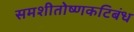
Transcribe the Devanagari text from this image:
समशीतोष्णकटिबंध